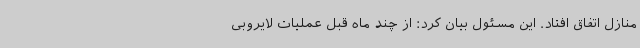
منازل اتفاق افتاد. این مسئول بیان کرد: از چند ماه قبل عملیات لایروبی